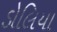
ડોલિયા